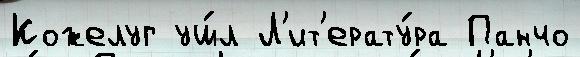
Кожелуг уш́л Л'ит'ерату́ра Панчо